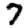
Digit: 7